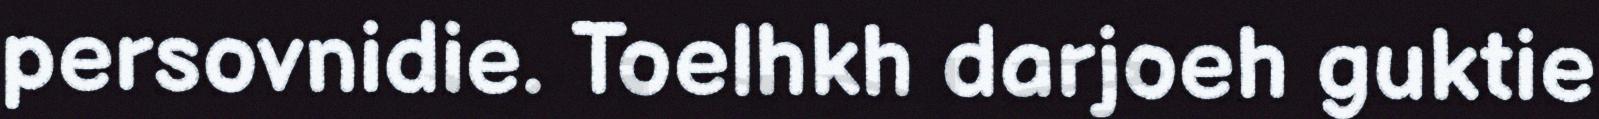
persovnidie. Toelhkh darjoeh guktie